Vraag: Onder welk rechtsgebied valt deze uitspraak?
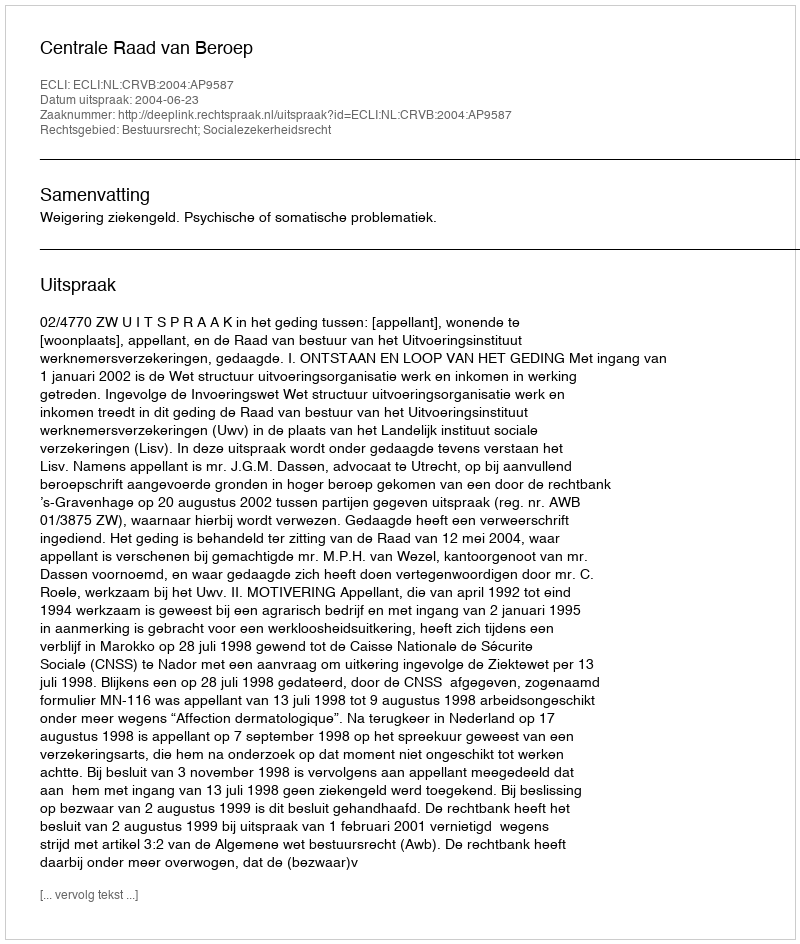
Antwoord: Bestuursrecht; Socialezekerheidsrecht